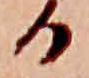
る